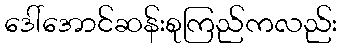
ဒေါ်အောင်ဆန်းစုကြည်ကလည်း